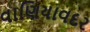
વાણિયાવદર